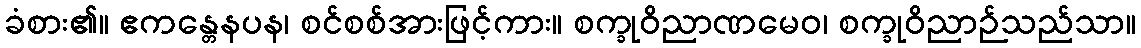
ခံစား၏။ ဧကန္တေနပန၊ စင်စစ်အားဖြင့်ကား။ စက္ခုဝိညာဏမေဝ၊ စက္ခုဝိညာဉ်သည်သာ။